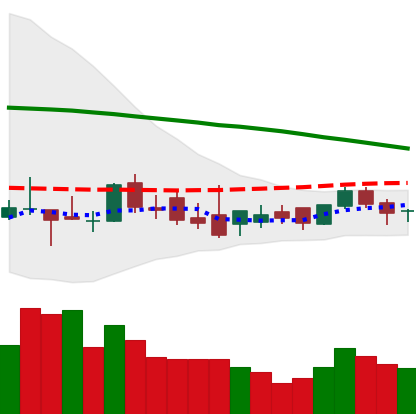
Ticker: XLM-USD
Chart end date: 2018-08-31
Forward return: -6.592%
Label: down_5_7